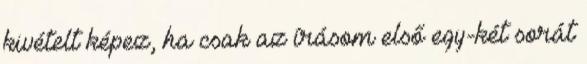
kivételt képez, ha csak az írásom első egy-két sorát